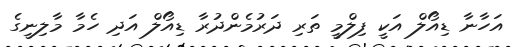
އަހާނާ ޑިއޯލް އަކީ ފިލްމީ ތަރި ދަރުމެންދުރާ ޑިއޯލް އަދި ހެމާ މާލިނީގެ